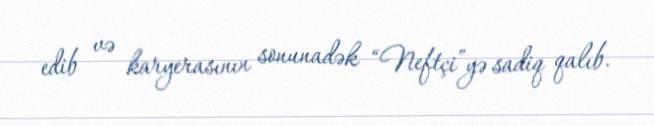
edib və karyerasının sonunadək “Neftçi”yə sadiq qalıb.